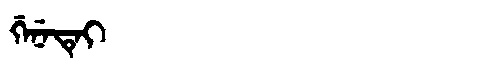
Manchu: ᡤᡝᠨᡝᡨᡝᡳ
Romanization: GENETEI